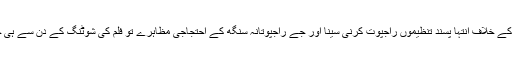
’’پدماوتی‘‘ کے خلاف انتہا پسند تنظیموں راجپوت کرنی سینا اور جے راجپوتانہ سنگھ کے احتجاجی مظاہرے تو فلم کی شوٹنگ کے دن سے ہی جاری تھے۔